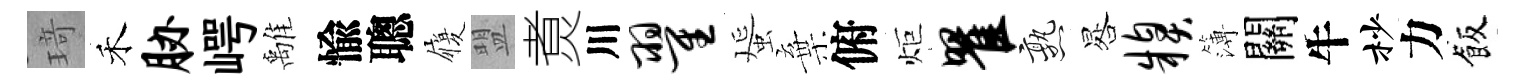
𤦺禾胁崿𩀌愉聰履盟煑川翟蜑棄俯炬瞿熟晷糗簿關牛杪力飯